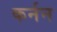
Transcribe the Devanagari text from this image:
कर्नन